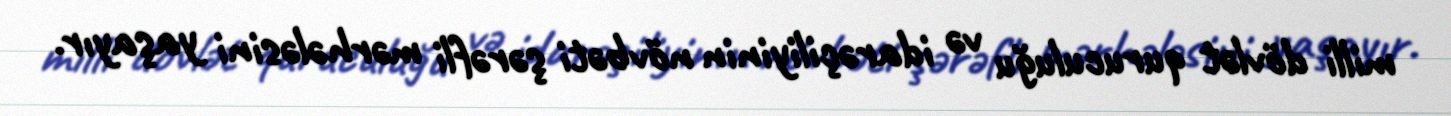
milli dövlət quruculuğu və idarəçiliyinin növbəti şərəfli mərhələsini yaşayır.